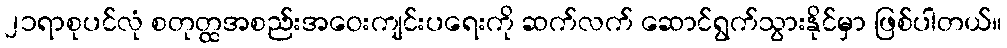
၂၁ရာစုပင်လုံ စတုတ္ထအစည်းအဝေးကျင်းပရေးကို ဆက်လက် ဆောင်ရွက်သွားနိုင်မှာ ဖြစ်ပါတယ်။